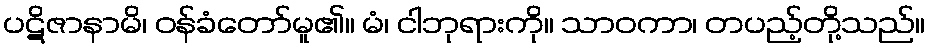
ပဋိဇာနာမိ၊ ဝန်ခံတော်မူ၏။ မံ၊ ငါဘုရားကို။ သာဝကာ၊ တပည့်တို့သည်။